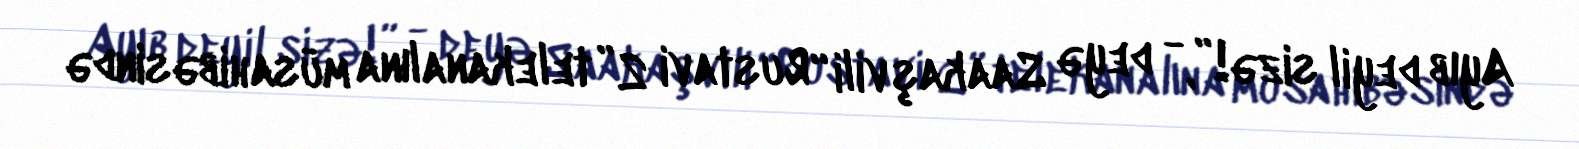
Ayıb deyil sizə!”, - deyə Saakaşvili “Rustavi 2” telekanalına müsahibəsində